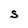
Character: S